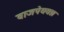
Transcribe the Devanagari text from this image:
वाजपेययज्ञ